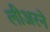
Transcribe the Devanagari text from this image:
लीअरने